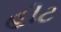
હીટ